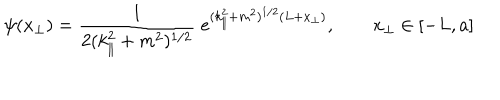
\psi ( x _ { \bot } ) = \frac { 1 } { 2 ( k _ { \| } ^ { 2 } + m ^ { 2 } ) ^ { 1 / 2 } } \; e ^ { ( k _ { \| } ^ { 2 } + m ^ { 2 } ) ^ { 1 / 2 } ( L + x _ { \bot } ) } , \qquad x _ { \bot } \in [ - L , a ]